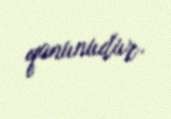
qanunudur.